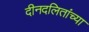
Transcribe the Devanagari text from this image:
दीनदलितांच्या